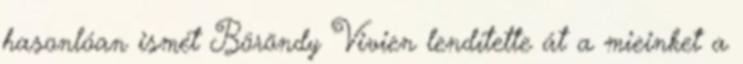
hasonlóan ismét Böröndy Vivien lendítette át a mieinket a